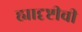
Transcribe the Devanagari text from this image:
ह्यादृष्टीची